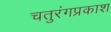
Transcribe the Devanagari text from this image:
चतुरंगप्रकाश